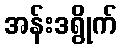
အန်းဒရွိုက်